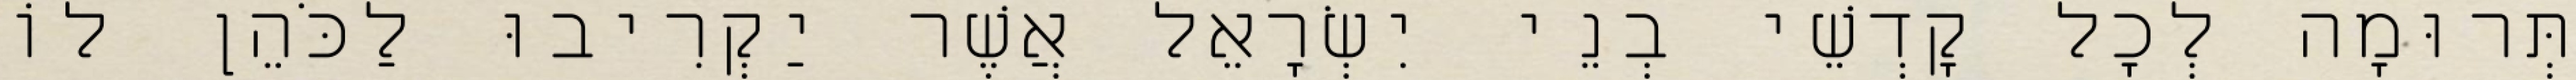
תְּרוּמָה לְכָל קָדְשֵׁי בְנֵי יִשְׂרָאֵל אֲשֶׁר יַקְרִיבוּ לַכֹּהֵן לוֹ